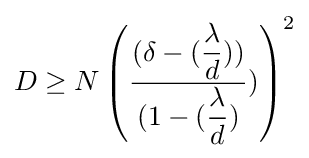
D\geq N\left({\dfrac {(\delta -({\dfrac {\lambda }{d}}))}{(1-({\dfrac {\lambda }{d}})}})\right)^{2}